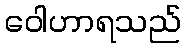
ဝေါဟာရသည်